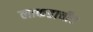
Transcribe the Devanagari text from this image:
लाकडाचीच